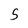
Character: 5